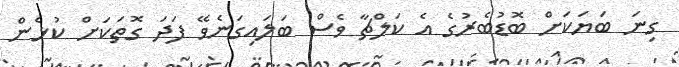
ގިނަ ބަޔަކަށް ބޮޑުބެރުގެ އެ ކަލްޗާ ވެސް ބަލައިގަނެވޭ ފަދަ ގޮތަކަށް ކުޅެން